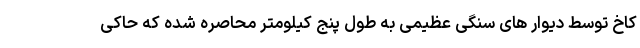
کاخ توسط دیوار های سنگی عظیمی به طول پنج کیلومتر محاصره شده که حاکی